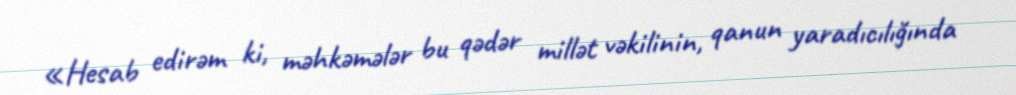
«Hesab edirəm ki, məhkəmələr bu qədər millət vəkilinin, qanun yaradıcılığında